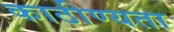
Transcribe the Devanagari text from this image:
काठीण्‍यता